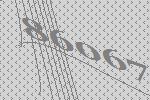
86067